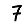
Digit: 7